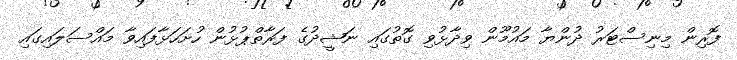
ފޮރިން މިނިސްޓަރު ދުންޔާ މައުމޫން ވިދާޅުވި ގޮތުގައި ނަޝީދުގެ ފަރާތްޕުޅުން ހުށަހަޅާފައިވާ މައްސަލައިގައި